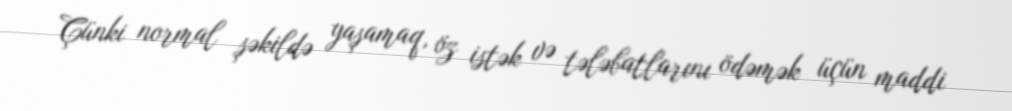
Çünki normal şəkildə yaşamaq, öz istək və tələbatlarını ödəmək üçün maddi